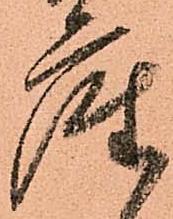
座